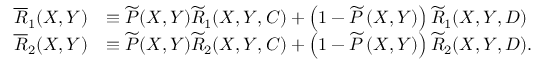
\begin{array} { r l } { \overline { { R } } _ { 1 } ( X , Y ) } & { \equiv \widetilde { P } ( X , Y ) \widetilde { R } _ { 1 } ( X , Y , C ) + \left( 1 - \widetilde { P } \left( X , Y \right) \right) \widetilde { R } _ { 1 } ( X , Y , D ) } \\ { \overline { { R } } _ { 2 } ( X , Y ) } & { \equiv \widetilde { P } ( X , Y ) \widetilde { R } _ { 2 } ( X , Y , C ) + \left( 1 - \widetilde { P } \left( X , Y \right) \right) \widetilde { R } _ { 2 } ( X , Y , D ) . } \end{array}